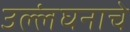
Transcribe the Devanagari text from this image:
उल्लंघनाचे